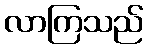
လာကြသည်